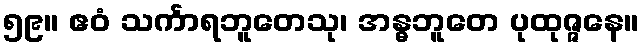
၅၉။ ဧဝံ သင်္ကာရဘူတေသု၊ အန္ဓဘူတေ ပုထုဇ္ဇနေ။